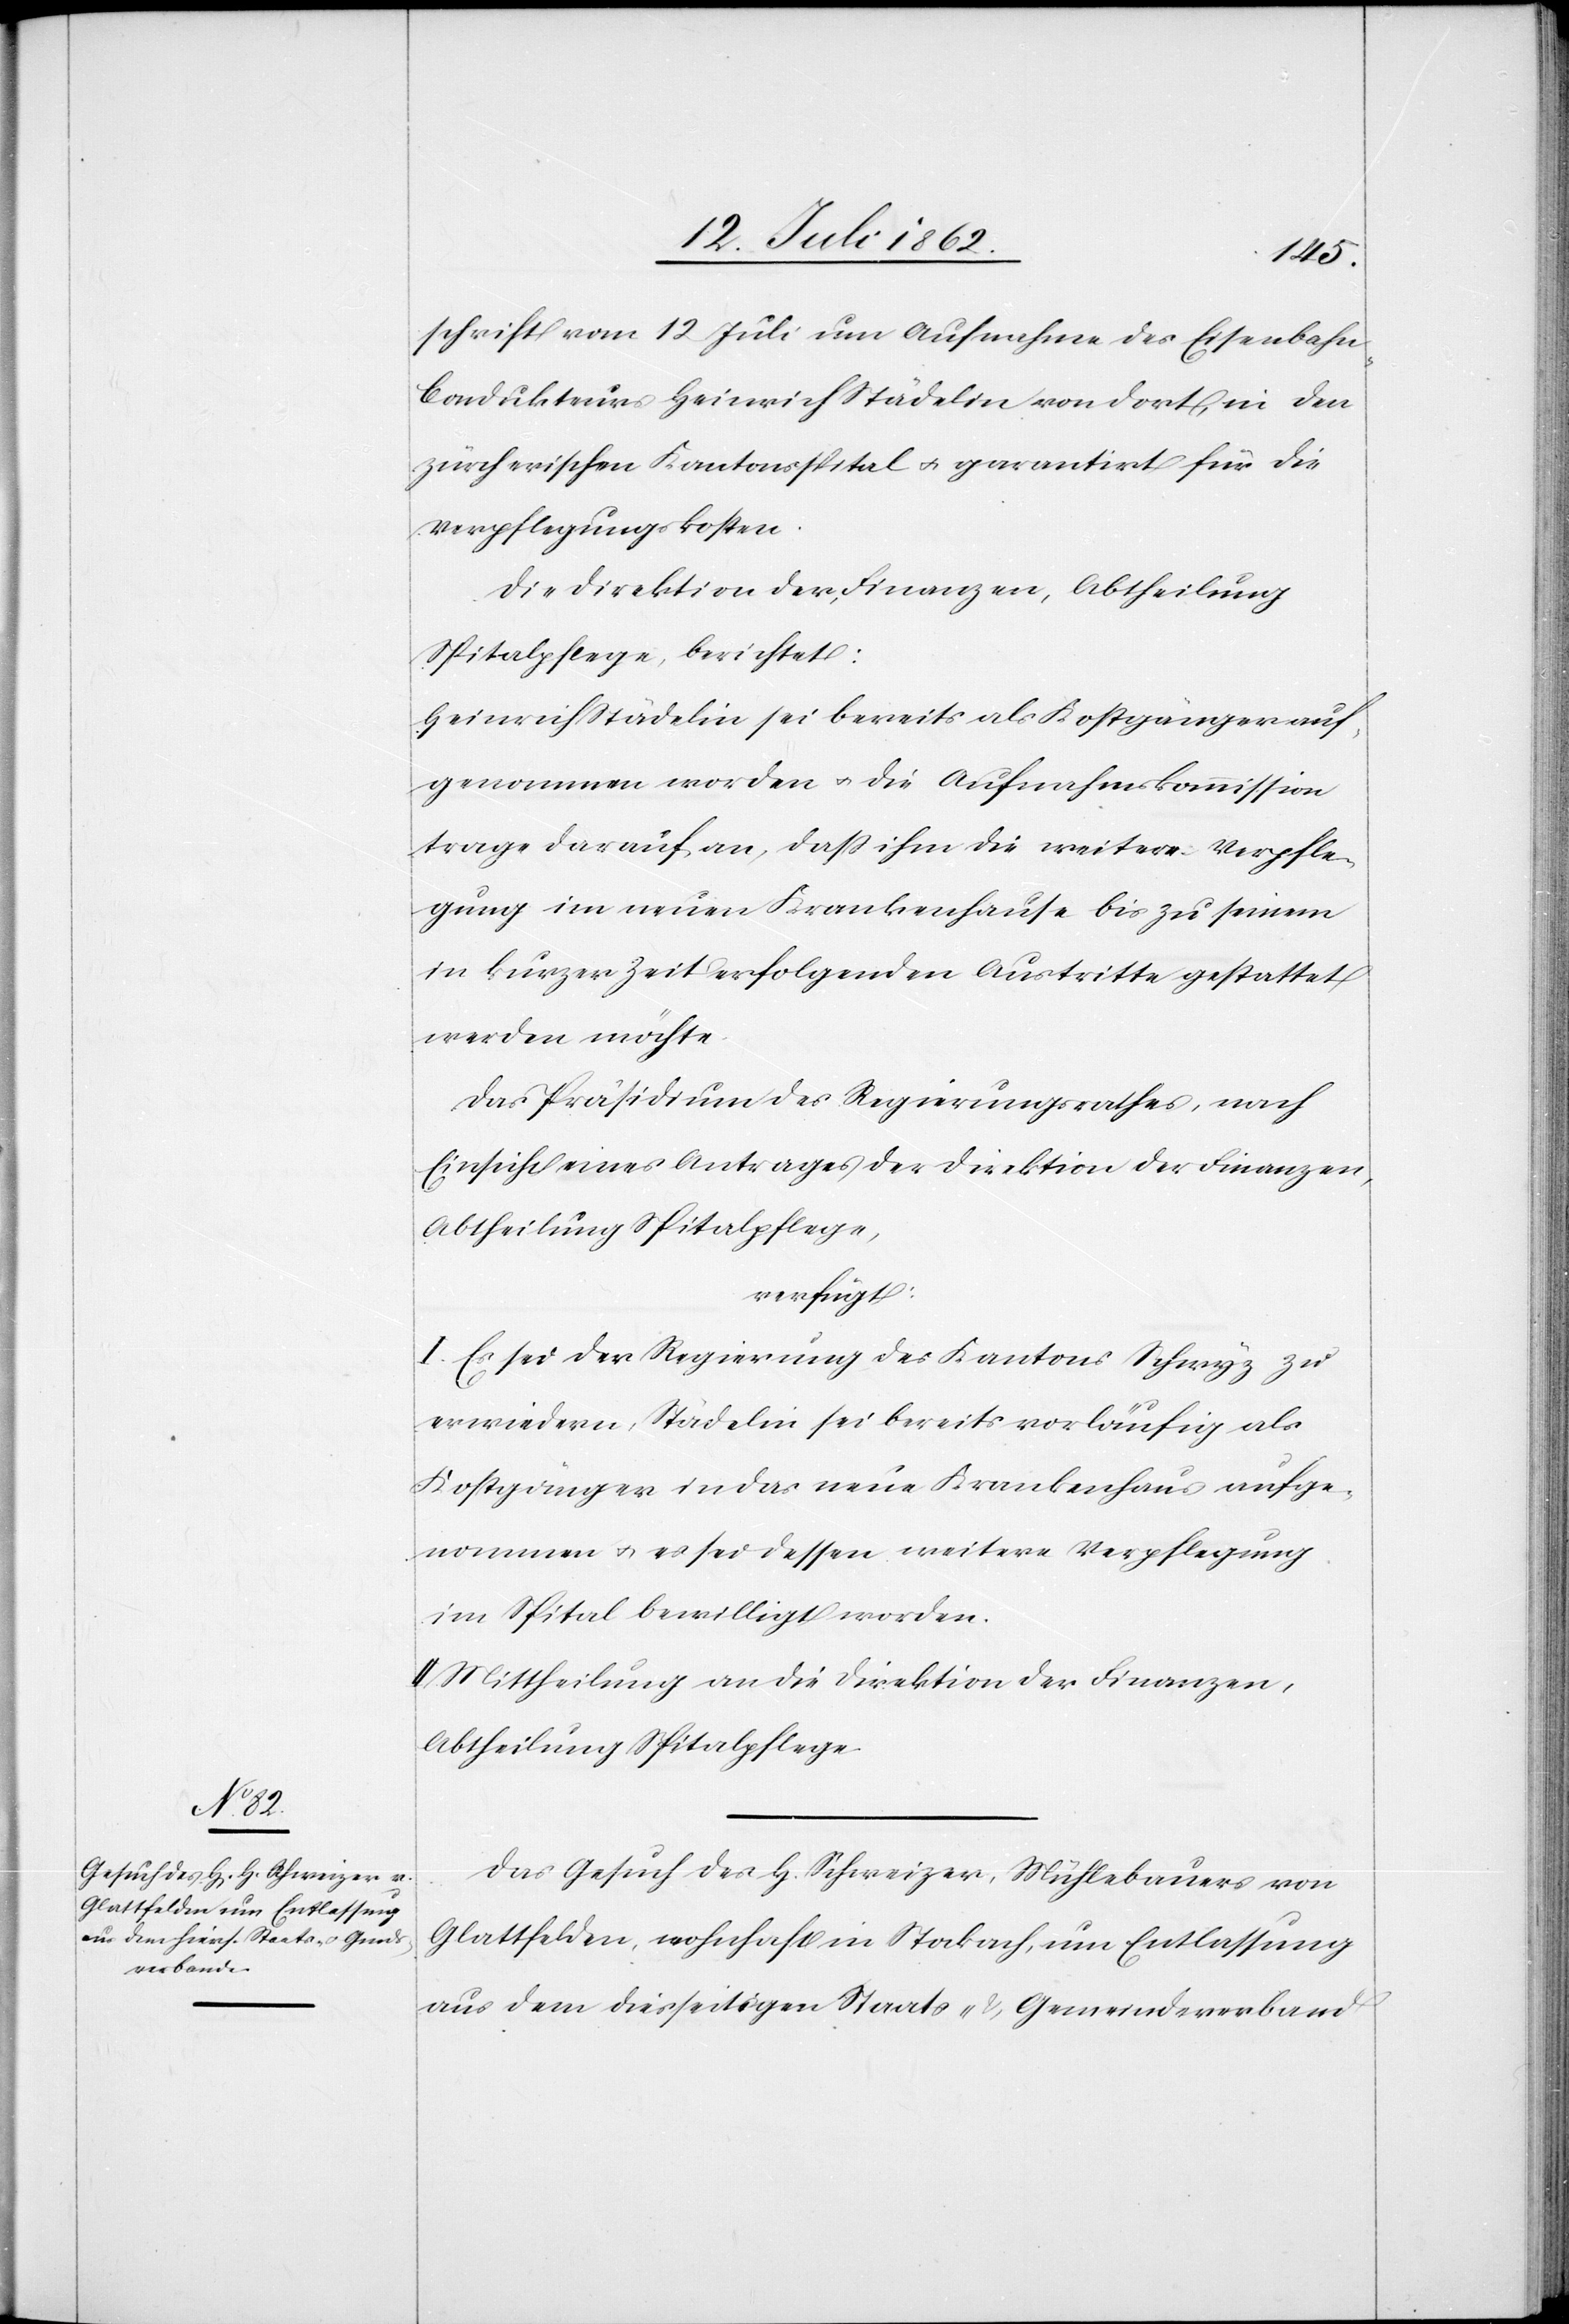
schrift vom 12. Juli um Aufnahme des Eisenbahn-C¬
ondukteurs Heinrich Städelin von dort, in den
zürcherischen Kantonsspital u. garantirt für die
Verpflegungskosten.
Die Direktion der Finanzen, Abtheilung
Spitalpflege, berichtet:
Heinrich Städelin sei bereits als Kostgänger auf¬
genommen worden u. die Aufnahmskommission
trage darauf an, daß ihm die weitere Verpfle¬
gung im neuen Krankenhause bis zu seinem
in kurzer Zeit erfolgenden Austritte gestattet
werden möchte.
Das Präsidium des Regierungsrathes, nach
Einsicht eines Antrages der Direktion der Finanzen,
Abtheilung Spitalpflege,
verfügt:
I. Es sei der Regierung des Kantons Schwyz zu
erwiedern, Städelin sei bereits vorläufig als
Kostgänger in das neue Krankenhaus aufge¬
nommen u. es sei dessen weitere Verpflegung
im Spital bewilligt worden.
II. Mittheilung an die Direktion der Finanzen,
Abtheilung Spitalpflege.
Das Gesuch des H. Schweizer, Mühlebauers von
Glattfelden, wohnhaft in Stockach, um Entlassung
aus dem diesseitigen Staats- u. Gemeindeverband